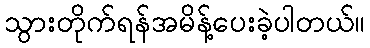
သွားတိုက်ရန်အမိန့်ပေးခဲ့ပါတယ်။